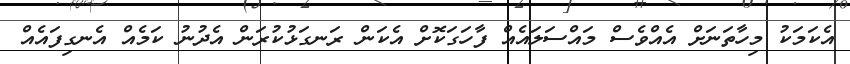
އެކަމަކު މިހާތަނަށް އެއްވެސް މައްސަލައެއް ފާހަގަކޮށް އެކަން ރަނގަޅުކުރަން އެދުނު ކަމެއް އެނގިފައެއް